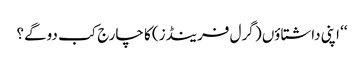
‘‘ اپنی داشتاؤں ( گرل فرینڈز) کا چارج کب دوگے؟